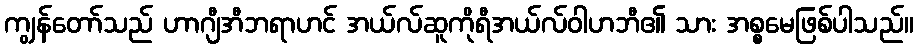
ကျွန်တော်သည် ဟာဂျီအီဘရာဟင် အယ်လ်ဆူကိုရီအယ်လ်ဝါဟဘီ၏ သား အစ္စမေဖြစ်ပါသည်။